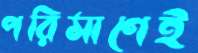
পরিমাণেই